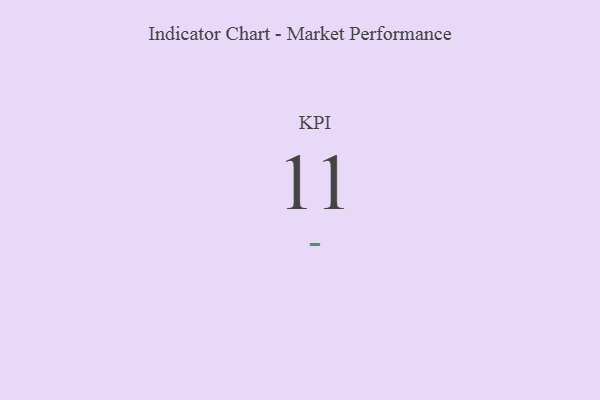
{"axis": {"x": "KPI", "y": "Value"}, "legend": [""], "data": [{"x": "KPI", "y": 11, "type": ""}]}